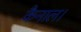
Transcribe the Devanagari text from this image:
कैनाल।